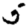
Digit: 5